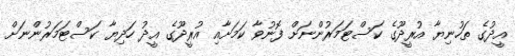
އީދުގެ ތަހުނިޔާ އުރީދޫގެ ކަސްޓަމަރުންނަށް ފޮނުވާ ކަަމަށާއި އުރީދޫގެ އީދު ހަދިޔާ ކަސްޓަމަރުންނަށް